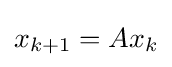
x_{k+1}=Ax_{k}